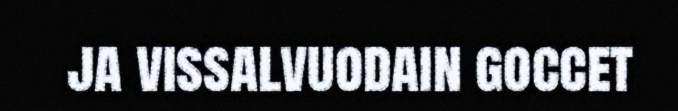
ja vissalvuodain goccet